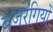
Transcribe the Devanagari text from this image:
बजरंगियों